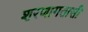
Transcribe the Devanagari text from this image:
शरणागतासी